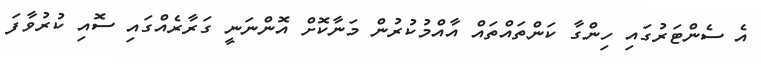
އެ ސެންޓަރުގައި ހިންގާ ކަންތައްތައް އާއްމުކުރުން މަނާކޮށް އޮންނަނީ ގަރާރެއްގައި ސޮއި ކުރުވާފަ